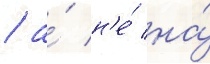
/ а́ н'е́ на́